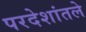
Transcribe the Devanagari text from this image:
परदेशांतले